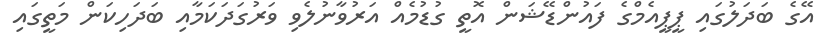
އޭގެ ބަދަލުގައި ޕީޕީއެމްގެ ފައުންޑޭޝަން އޮތީ ގުޑުމެއް އަރުވާނުލެވި ވަރުގަދަކަމާއި ބަދަހިކަން މަތީގައި